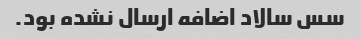
سس سالاد اضافه ارسال نشده بود.